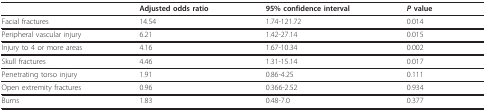
|  | Adjusted odds ratio | 95% confidence interval | P value |
 | --- | --- | --- | --- |
 | Facial fractures | 14.54 | 1.74-121.72 | 0.014 |
 | Peripheral vascular injury | 6.21 | 1.42-27.14 | 0.015 |
 | Injury to 4 or more areas | 4.16 | 1.67-10.34 | 0.002 |
 | Skull fractures | 4.46 | 1.31-15.14 | 0.017 |
 | Penetrating torso injury | 1.91 | 0.86-4.25 | 0.111 |
 | Open extremity fractures | 0.96 | 0.366-2.52 | 0.934 |
 | Burns | 1.83 | 0.48-7.0 | 0.377 |